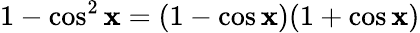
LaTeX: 1-\cos^{2}\mathbf{x}=(1-\cos\mathbf{x})(1+\cos\mathbf{x})